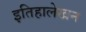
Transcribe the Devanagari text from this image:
इतिहालेखन